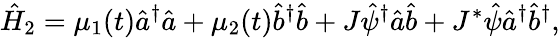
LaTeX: {\hat{H}}_{2}=\mu_{1}(t){\hat{a}}^{\dagger}{\hat{a}}+\mu_{2}(t){\hat{b}}^{\dagger}{\hat{b}}+J{\hat{\psi}}^{\dagger}{\hat{a}}{\hat{b}}+J^{*}{\hat{\psi}}{\hat{a}}^{\dagger}{\hat{b}}^{\dagger},